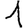
Digit: 1